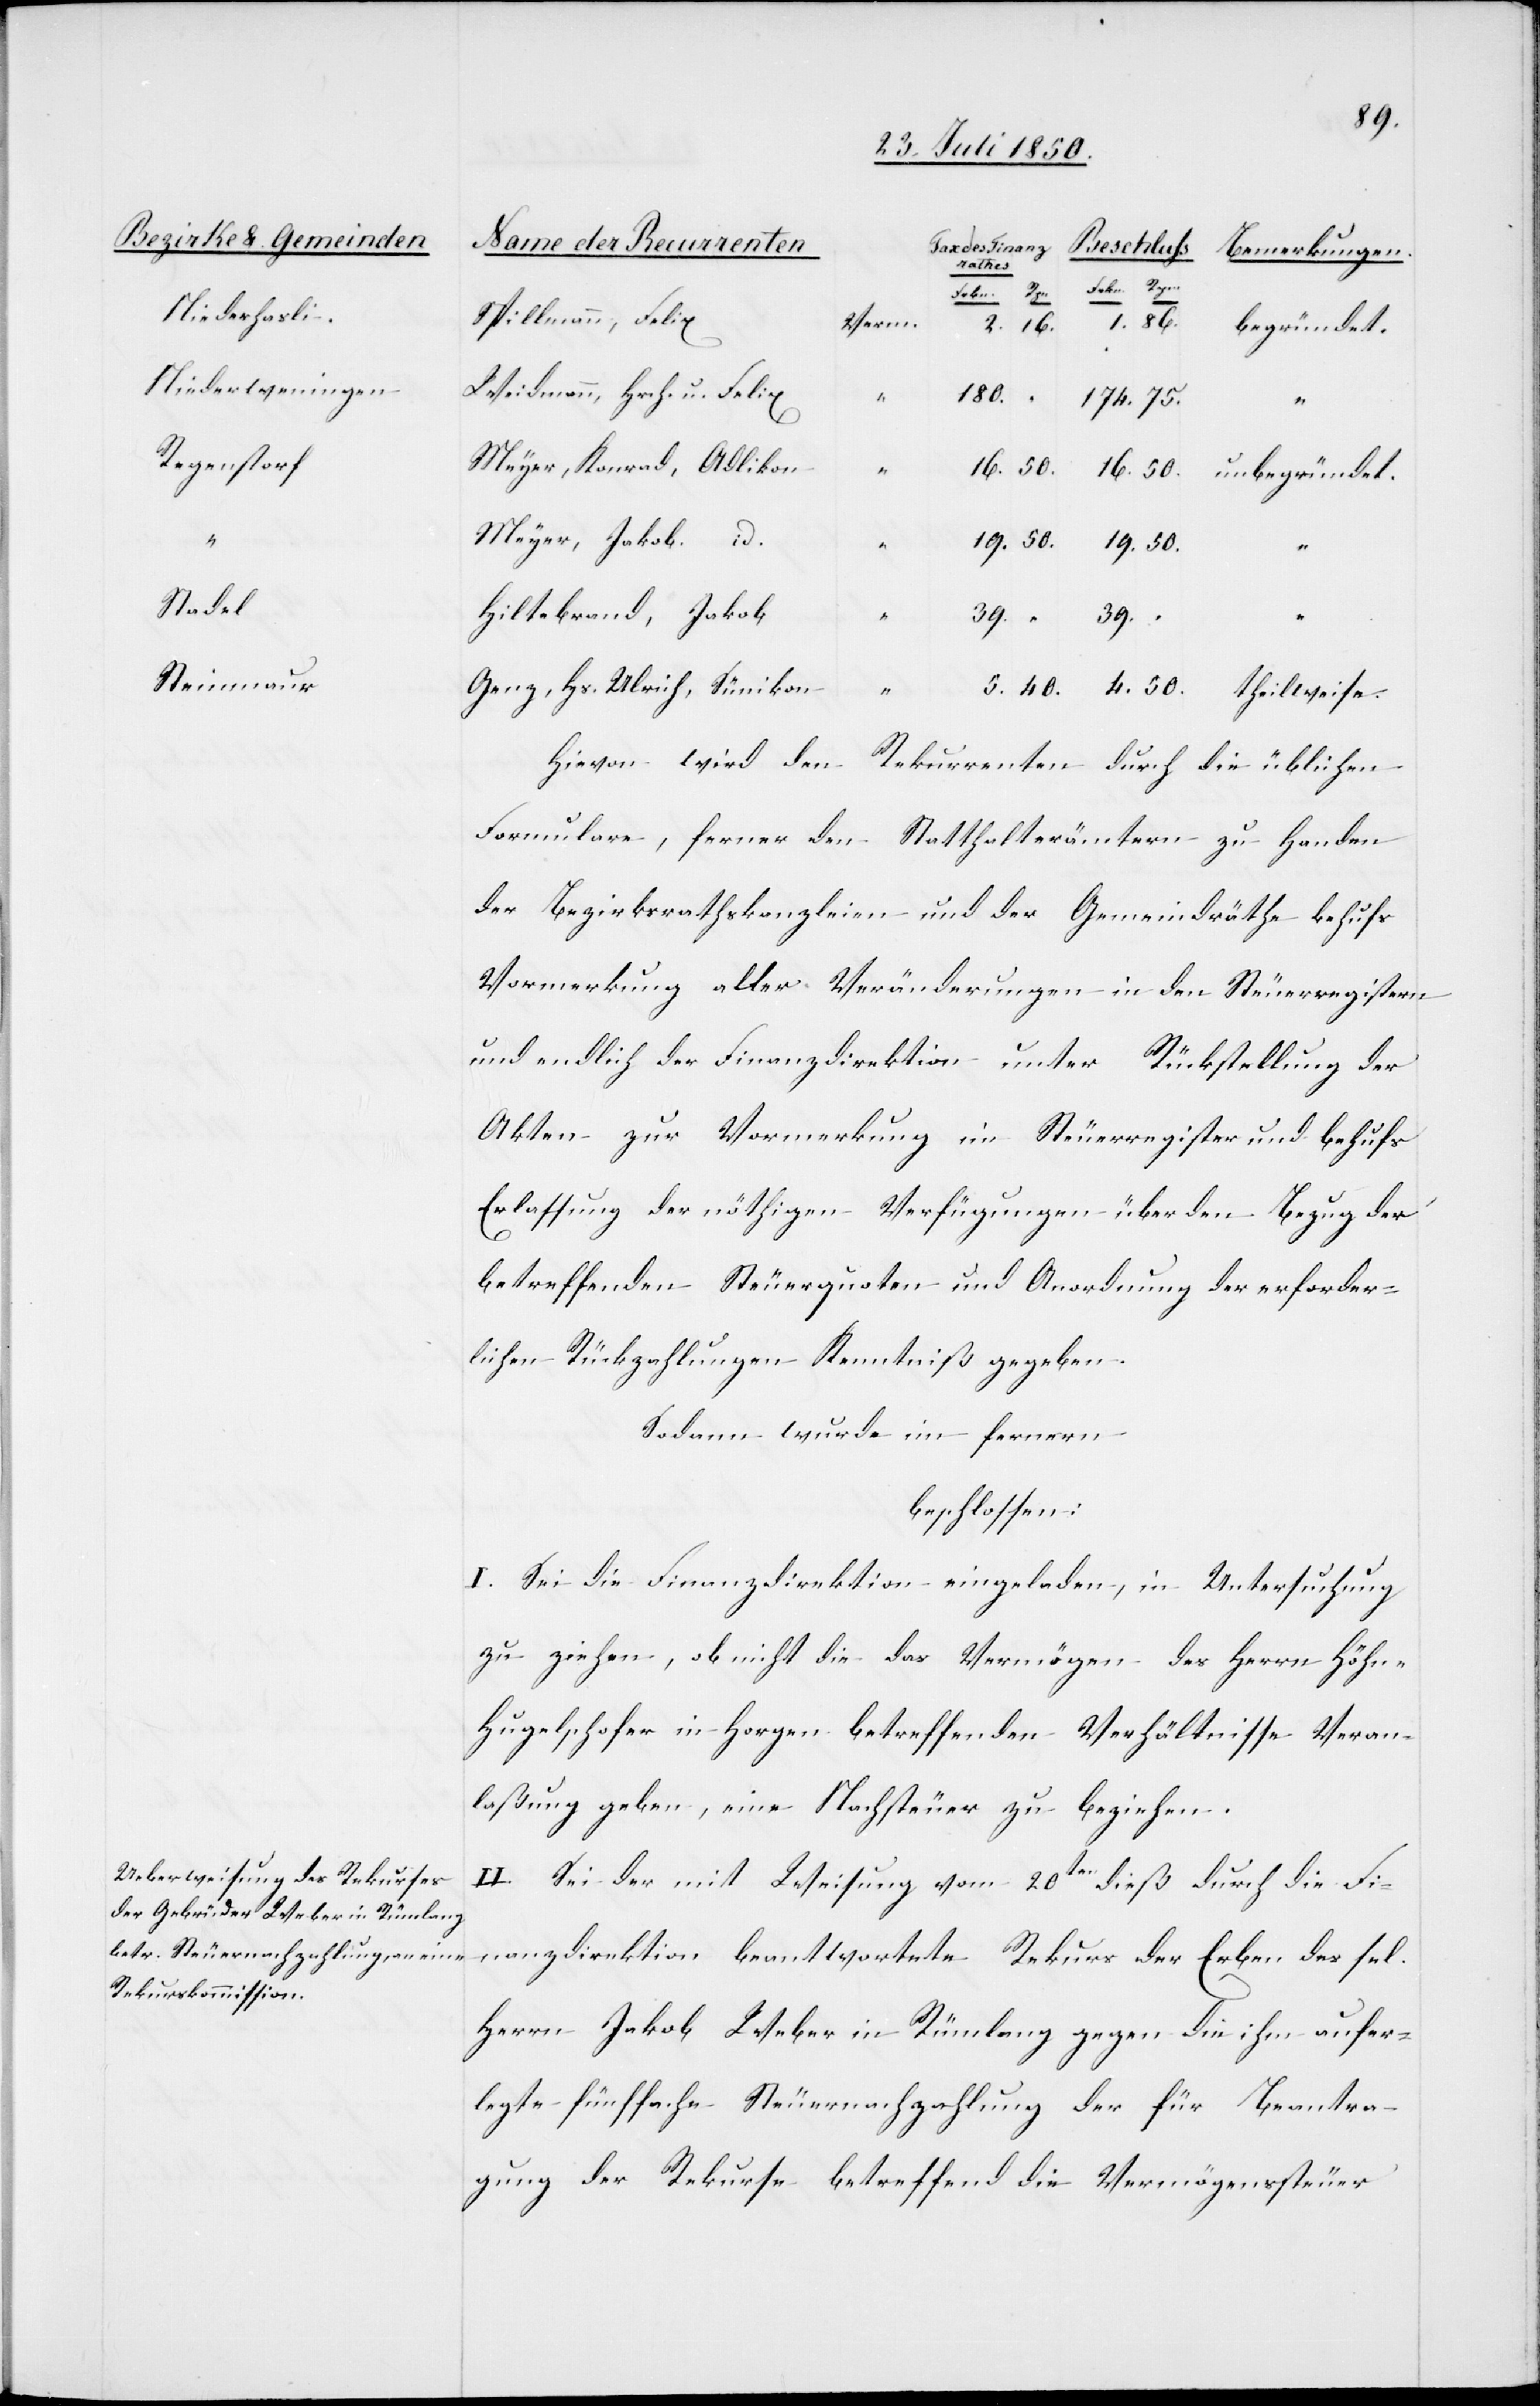
Niederhasli
Niederweningen
Regenstorf
4
Stadel
Steinmaur

39
Spillmann, Felix
theilweise.
Weidmann, Hrch. u. Felix
Meyer, Konrad, Adlikon
50
Meyer, Jakob. id.
Hiltebrand, Jakob
Genz, Hs. Ulrich, Sümikon
Hievon wird den
Rekurrenten durch die üblichen
Formulare, ferner den Statthalterämtern zu Handen
der Bezirksrathskanzleien und der Gemeindräthe behufs
Vormerkung aller Veränderungen in den Steuerregistern
und endlich der Finanzdirektion unter Rückstellung der
Akten zur Vormerkung im Steuerregister und behufs
Erlassung der nöthigen Verfügungen über den Bezug der
betreffenden Steuerquoten und Anordnungen der erforder¬
lichen Rückzahlungen Kenntniß gegeben.
Sodann wurde im fernern
beschlossen:
I. Sei die Finanzdirektion eingeladen, in Untersuchung
zu ziehen, ob nicht die das Vermögen des Herrn Höh¬
n-Hugelschofer in Horgen betreffenden Verhältnisse Veran¬
laßung geben, eine Nachsteuer zu beziehen.
II. Sei der mit Weisung vom 20ten dieß durch die Fi¬
nanzdirektion beantwortete Rekurs der Erben des sel.
Herrn Jakob Weber in Rümlang gegen die ihm aufer¬
legte fünffache Steuernachzahlung der für Beantra¬
gung der Rekurse betreffend die Vermögenssteuer